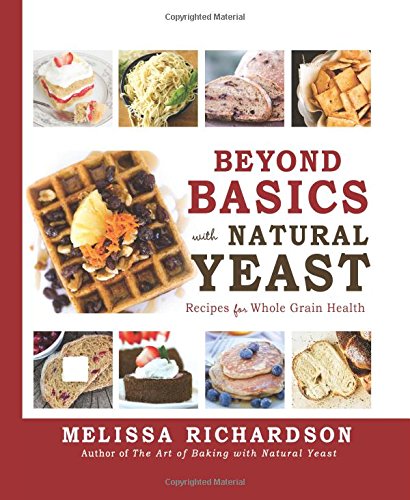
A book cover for Beyond Basics with Natural Yeast: Recipes for Whole Grain Health; Melissa Richardson; Cookbooks, Food & Wine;